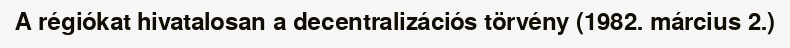
A régiókat hivatalosan a decentralizációs törvény (1982. március 2.)